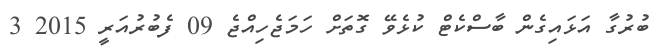
ބުރުގާ އަޅައިގެން ބާސްކެޓް ކުޅެވޭ ގޮތަށް ހަމަޖެހިއްޖެ 09 ފެބުރުއަރީ 2015 3